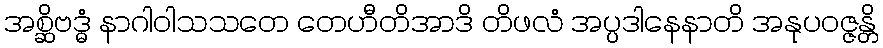
အစ္ဆိဗဒ္ဓံ နာဂါဝါသသတေ တေဟီတိအာဒိ တိဖလံ အပ္ပဒါနေနာတိ အနုပဝဇ္ဇန္တိ